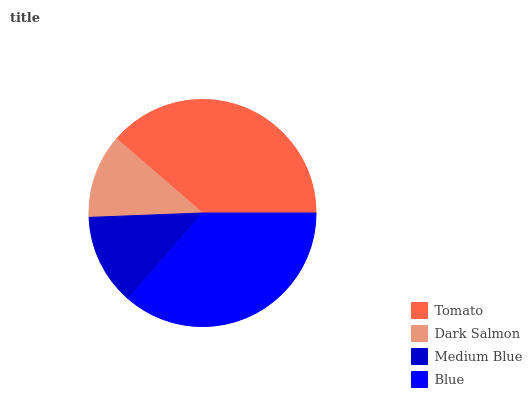
| Tomato | Dark Salmon | Medium Blue | Blue |
 | --- | --- | --- | --- |
 | 38.6% | 12% | 13% | 36.4% |